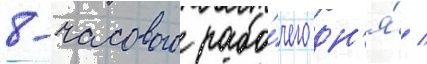
8-часового рабо́чего дн'я́ /